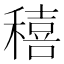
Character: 𥢗